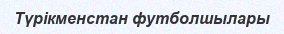
Түрікменстан футболшылары